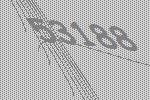
53188